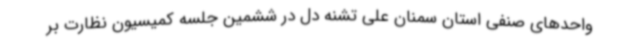
واحدهای صنفی استان سمنان علی تشنه دل در ششمین جلسه کمیسیون نظارت بر